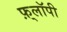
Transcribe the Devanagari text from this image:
फ़्लॉपी